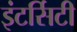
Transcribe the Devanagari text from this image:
इंटर्सिटी